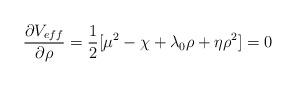
LaTeX: \begin{align*}\frac{\partial V_{eff}}{\partial \rho} = \frac{1}{2} [\mu^2 - \chi+\lambda_0 \rho+ \eta \rho^2]= 0\end{align*}